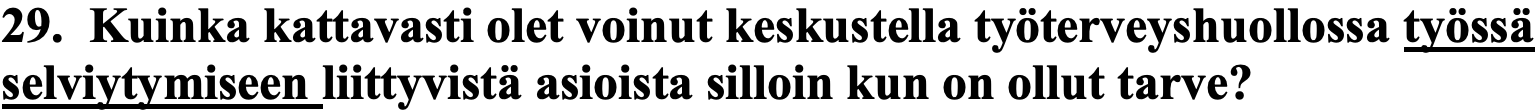
29. Kuinka kattavasti olet voinut keskustella työterveyshuollossa työssä selviytymiseen liittyvistä asioista silloin kun on ollut tarve?